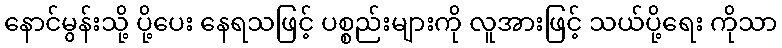
နောင်မွန်းသို့ ပို့ပေး နေရသဖြင့် ပစ္စည်းများကို လူအားဖြင့် သယ်ပို့ရေး ကိုသာ